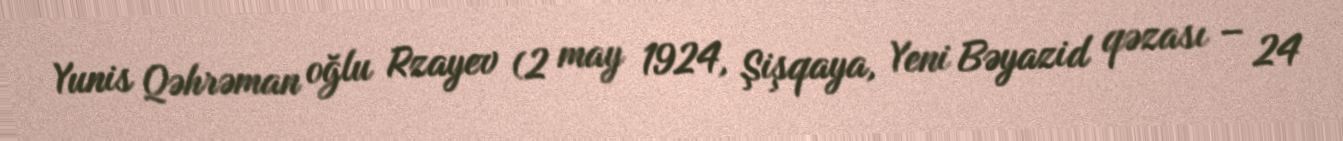
Yunis Qəhrəman oğlu Rzayev (2 may 1924, Şişqaya, Yeni Bəyazid qəzası – 24